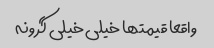
واقعا قیمتها خیلی خیلی گرونه